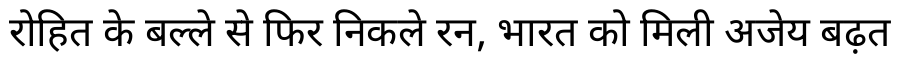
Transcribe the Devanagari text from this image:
रोहित के बल्ले से फिर निकले रन, भारत को मिली अजेय बढ़त